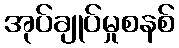
အုပ်ချုပ်မှုစနစ်